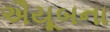
ઐયૂબના